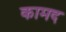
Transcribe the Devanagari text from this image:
कामद